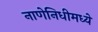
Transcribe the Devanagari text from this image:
नाणेनिधीमध्ये